Annual report on the working of the Harcourt Butler Institute of Public Health, Rangoon
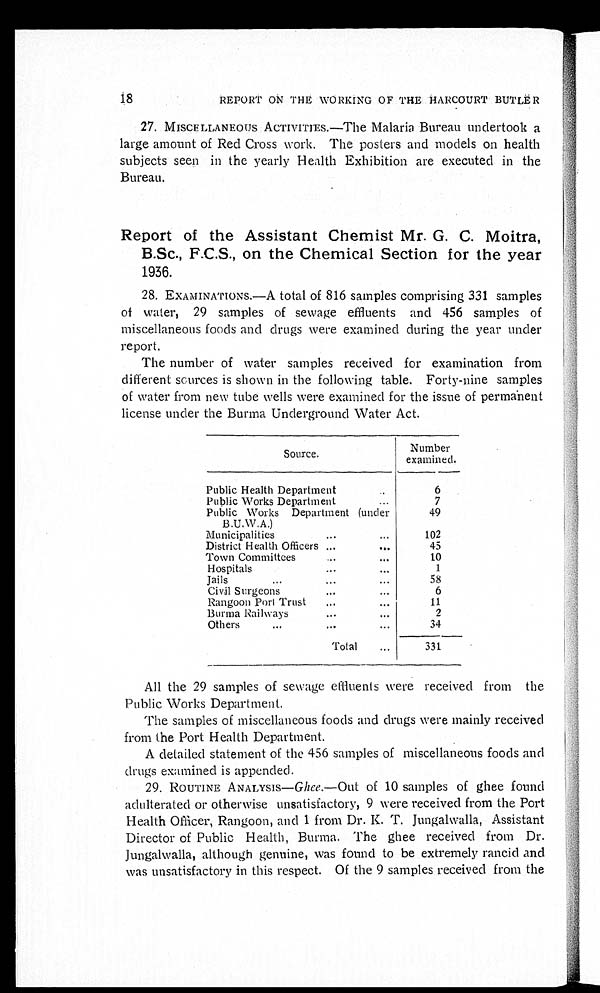
18
REPORT ON THE WORKING OF THE HARCOURT BUTLËR
27. MISCELLANEOUS ACTIVITIES.—The Malaria Bureau undertook a
large amount of Red Cross work. The posters and models on health
subjects seen in the yearly Health Exhibition are executed in the
Bureau.
Report of the Assistant Chemist Mr. G. C. Moitra,
B.Sc., F.C.S., on the Chemical Section for the year
1936.
28. EXAMINATIONS.—A total of 816 samples comprising 331 samples
of water, 29 samples of sewage effluents and 456 samples of
miscellaneous foods and drugs were examined during the year under
report.
The number of water samples received for examination from
different sources is shown in the following table. Forty-nine samples
of water from new tube wells were examined for the issue of permanent
license under the Burma Underground Water Act.
Source.
Number
examined.
Public Health Department . . .
6
Public Works Department . . .
—
7
Public Works Department (under
B.U.W.A.) . . .
49
Municipalities . . .
102
District Health Officers . . .
45
Town Committees . . .
10
Hospitals . . .
1
Jails . . .
58
Civil Surgeons . . .
6
Rangoon Port Trust . . .
11
Burma Railways . . .
2
Others . . .
34
Total . . .
331
All the 29 samples of sewage effluents were received from the
Public Works Department.
The samples of miscellaneous foods and drugs were mainly received
from the Port Health Department.
A detailed statement of the 456 samples of miscellaneous foods and
drugs examined is appended.
29. ROUTINE ANALYSIS— Ghee . —Out of 10 samples of ghee found
adulterated or otherwise unsatisfactory, 9 were received from the Port
Health Officer, Rangoon, and 1 from Dr. K. T. Jungalwalla, Assistant
Director of Public Health, Burma. The ghee received from Dr.
Jungalwalla, although genuine, was found to be extremely rancid and
was unsatisfactory in this respect. Of the 9 samples received from the